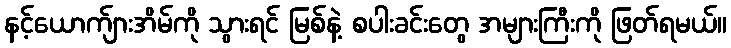
နင့်ယောက်ျားအိမ်ကို သွားရင် မြစ်နဲ့ စပါးခင်းတွေ အများကြီးကို ဖြတ်ရမယ်။